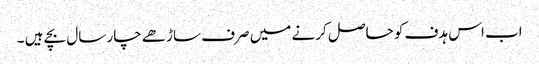
اب اس ہدف کو حاصل کرنے میں صرف ساڑھے چار سال بچے ہیں ۔